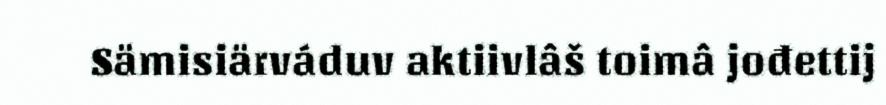
Sämisiärváduv aktiivlâš toimâ jođettij